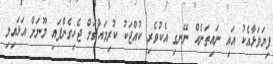
ފިޔަވަޅާއެކު އައި ނައިތަނެއް ނޭނގި އެކުވެރި ކުއްޖަކު ކުރިމައްޗަށް ޖެހިގެންފައި މޫނަށް އަޅައިލި